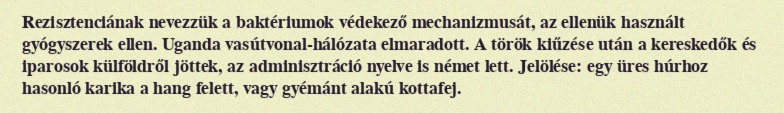
Rezisztenciának nevezzük a baktériumok védekező mechanizmusát, az ellenük használt gyógyszerek ellen. Uganda vasútvonal-hálózata elmaradott. A török kiűzése után a kereskedők és iparosok külföldről jöttek, az adminisztráció nyelve is német lett. Jelölése: egy üres húrhoz hasonló karika a hang felett, vagy gyémánt alakú kottafej.